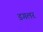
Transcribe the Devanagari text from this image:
डगलर